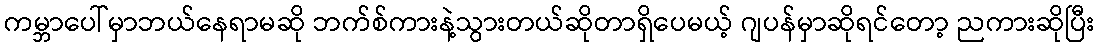
ကမ္ဘာပေါ်မှာဘယ်နေရာမဆို ဘက်စ်ကားနဲ့သွားတယ်ဆိုတာရှိပေမယ့် ဂျပန်မှာဆိုရင်တော့ ညကားဆိုပြီး